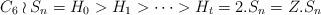
LaTeX: \begin{align*}C_6 \wr S_n = H_0 > H_1 > \cdots > H_t = 2.S_n = Z.S_n\end{align*}